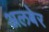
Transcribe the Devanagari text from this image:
अलबेर